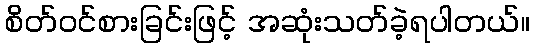
စိတ်ဝင်စားခြင်းဖြင့် အဆုံးသတ်ခဲ့ရပါတယ်။